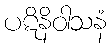
ပဋိနိဝါသနံ